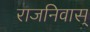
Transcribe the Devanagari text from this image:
राजनिवास्